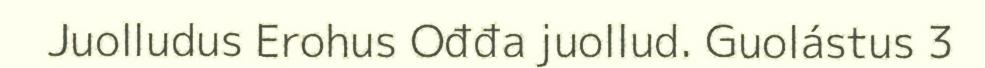
Juolludus Erohus Ođđa juollud. Guolástus 3